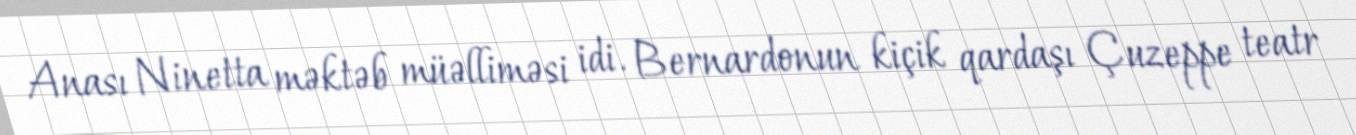
Anası Ninetta məktəb müəlliməsi idi. Bernardonun kiçik qardaşı Çuzeppe teatr